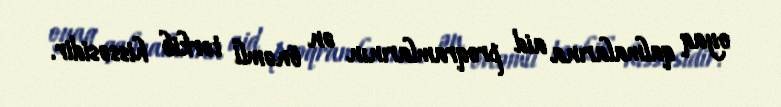
oyaq qalmalarına aid proqramlarının ən önəmli tərkib hissəsidir.